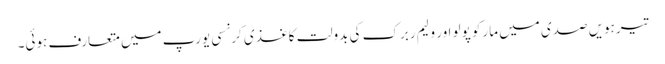
تیرہویں صدی میں مارکو پولو اور ولیم ربرک کی بدولت کاغذی کرنسی یورپ میں متعارف ہوئی۔